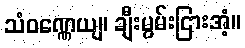
သံဝဏ္ဏေယျ၊ ချီးမွမ်းငြားအံ့။